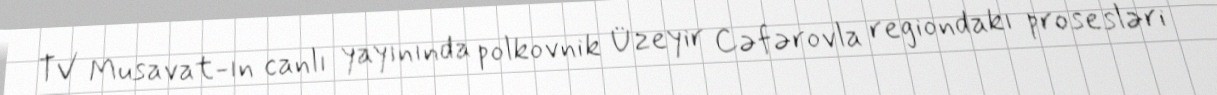
TV Musavat-ın canlı yayınında polkovnik Üzeyir Cəfərovla regiondakı prosesləri